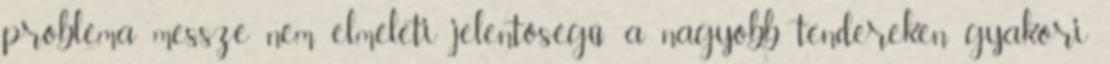
probléma messze nem elméleti jelentőségű: a nagyobb tendereken gyakori